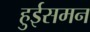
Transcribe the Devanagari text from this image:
हुईसमन